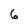
Character: 6